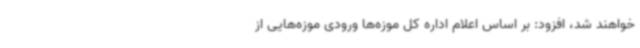
خواهند شد، افزود: بر اساس اعلام اداره کل موزه‌ها ورودی موزه‌هایی از